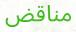
مناقض